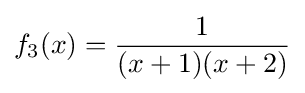
f_{3}(x)={\frac {1}{(x+1)(x+2)}}